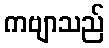
ကဗျာသည်